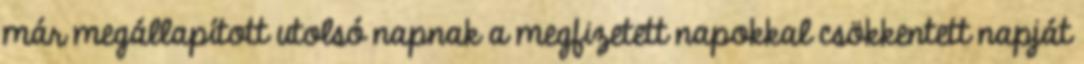
már megállapított utolsó napnak a megfizetett napokkal csökkentett napját